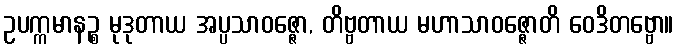
ဥပက္ကမာနဉ္စ မုဒုတာယ အပ္ပသာဝဇ္ဇော, တိဗ္ဗတာယ မဟာသာဝဇ္ဇောတိ ဝေဒိတဗ္ဗော။